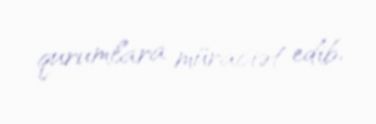
qurumlara müraciət edib.